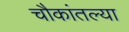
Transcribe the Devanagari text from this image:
चौकांतल्या